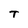
Character: T